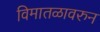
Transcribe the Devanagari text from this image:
विमातळावरुन